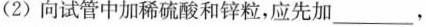
(2)向试管中加稀硫酸和锌粒，应先加___，